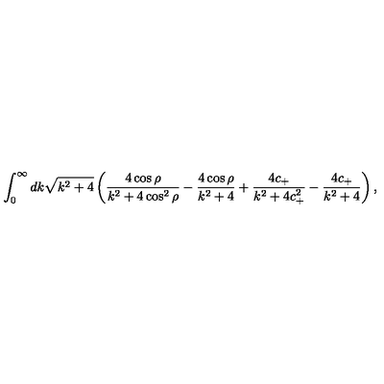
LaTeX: \int _ { 0 } ^ { \infty } d k \sqrt { k ^ { 2 } + 4 } \left( \frac { 4 \cos \rho } { k ^ { 2 } + 4 \cos ^ { 2 } \rho } - \frac { 4 \cos \rho } { k ^ { 2 } + 4 } + \frac { 4 c _ { + } } { k ^ { 2 } + 4 c _ { + } ^ { 2 } } - \frac { 4 c _ { + } } { k ^ { 2 } + 4 } \right) ,